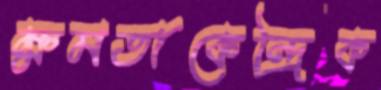
ক্ষমতাকেন্দ্রিক